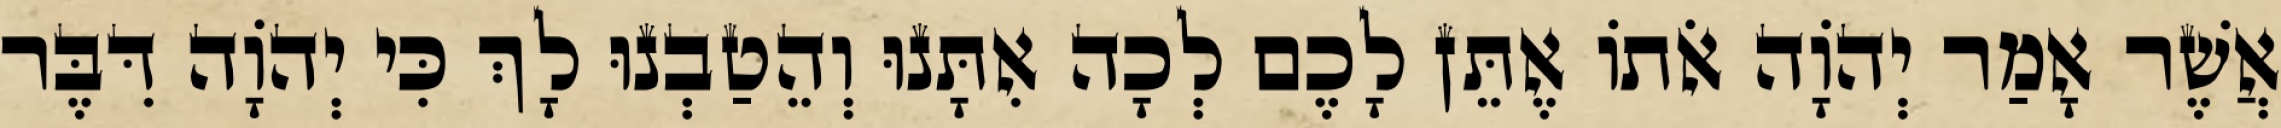
אֲשֶׁר אָמַר יְהֹוָה אֹתוֹ אֶתֵּן לָכֶם לְכָה אִתָּנוּ וְהֵטַבְנוּ לָךְ כִּי יְהוָֹה דִּבֶּר